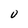
Character: 0